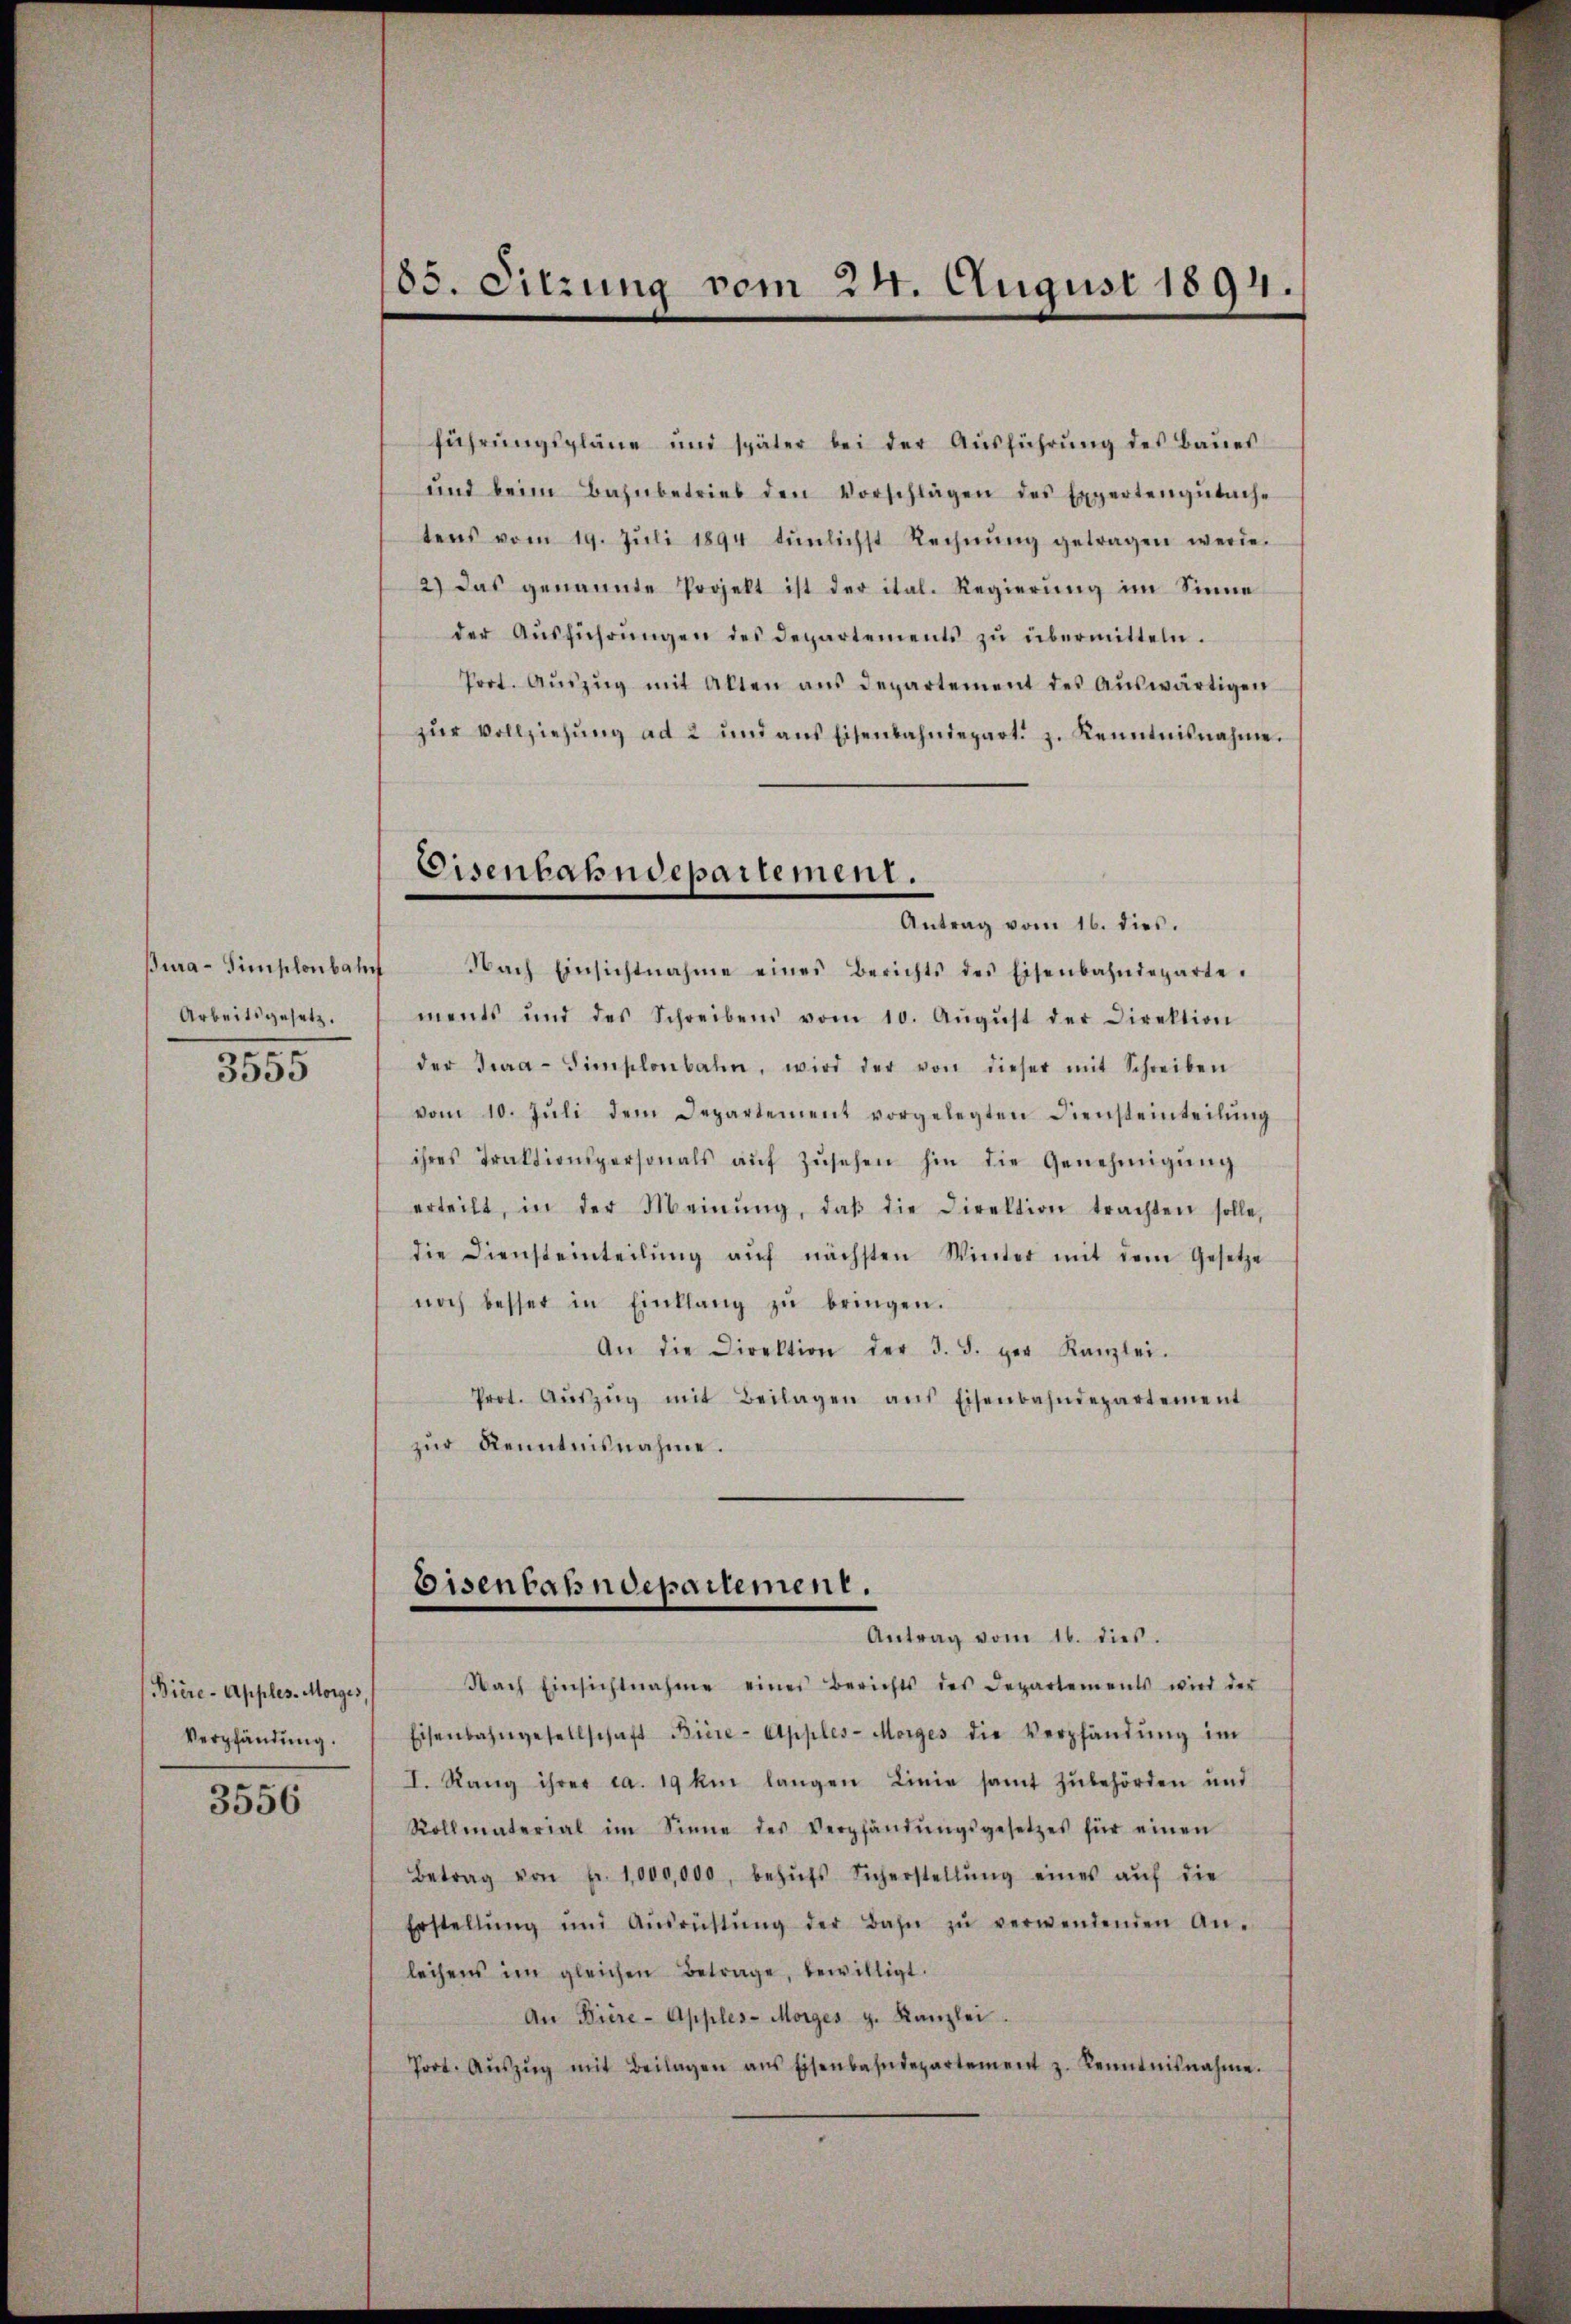
Bura-Simplonbahn
Arbeitsgesetz.
3555

Biere-Apples. Morges,
Verpfändung.

3556

führŭngspläne und später bei der Aŭsführŭng des Baues
ŭnd beim Bahnbetrieb den Vorschlägen des Expertengŭtache
tens vom 19. Jŭli 1894 tŭnlichst Rechnŭng getragen werde.
2) das genannte Popelt ist der ital. Regierung im Sinne
der Aŭsführŭngen des Departements zŭ übermitteln.
Prot. Aŭszŭg mit Alten ans Departement des Aŭswärtigen
zŭr Vollziehŭng ad 2 und aus Eisenbahndepart. z. Renntnisnahme.
Nach Einsichtnahme eines Berichts des Eisenbahndeparte.
ments und des Schreibens vom 10. Aŭgŭst der Direktion
der Jura-Simplonbahn, wird der von dieser mit Schreiben
vom 10. Jŭli dem Departement vorgelegten Diensteinteilŭng
ihres Traktionspersonals aŭf zŭsehen hin die Genehmigŭng
erteilt, in der Meinŭng, daβ die Direktion trachten solle,
die Diensteinteilŭng aŭf nächsten Winter mit dem Gesetze
noch besser in Einklang zŭ bringen.
An die Direktion der 3. 5. per Kanzlei.
Prot. Aŭszŭg mit Beilagen aus Eisenbahndepartement
zur Kenntnisnahme.
Eisenbahndepartement.
Antrag vom 16. dies.
Nach Einsichtnahme eines Berichts des Departements wird der
Eisenbahngesellschaft Biire-Apples-Morges die Verpfändŭng im
I. Rang ihrer ca. 19 km langen Linie samt zŭbehörden und
Rollmaterial im Sinne des Verpfändŭngsgesetzes für einen
Betrag von Fr. 1000,000, behŭfs Sicherstellŭng eines aŭf die
Erstellŭng und Ausrüstŭng der Bahn zŭ verwendenden An-
leihens im gleichen Betrage, bewilligt.
An Biire-Apples-Morges z. Kanzlei
Port. Aŭszŭg mit Beilagen ans Eisenbahndepartement z. Kenntnisnahme.

185. Sitzung vom 24. August 1894.

Eisenbahndepartement.
Antrag vom 16. dies.